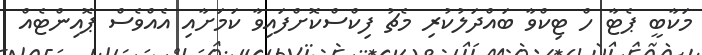
މަކާބީ ޕެޓާ ހް ޓިކްވާ ބައްދަލުކުރި މެޗު ފިކްސްކޮށްފައިވާ ކަމަށާއި އެއްވެސް ޕޮއިންޓެއް